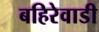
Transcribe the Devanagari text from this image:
बहिरेवाडी